Civil Veterinary Dept. Assam report 1927-50 - 1927-1950
Year: 1927
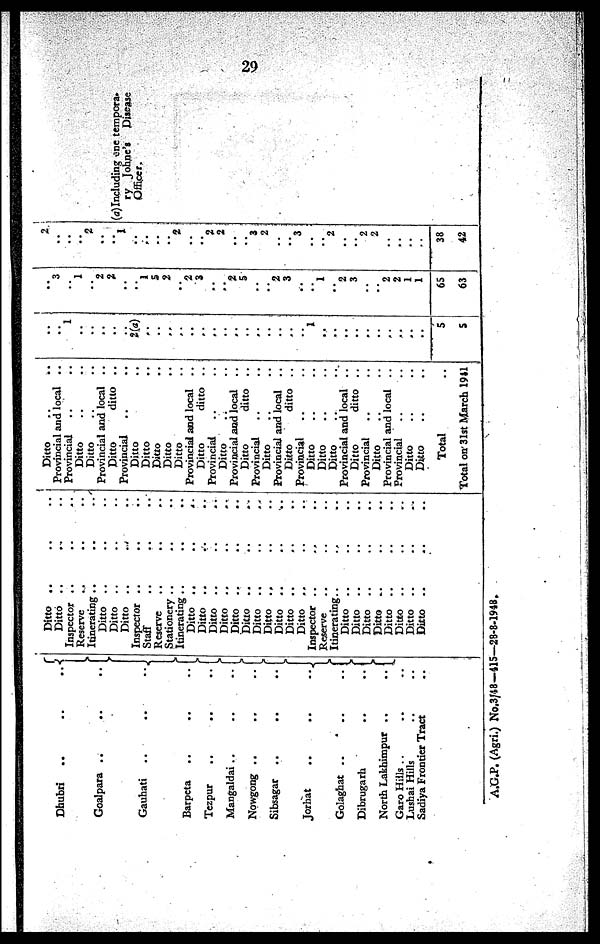
29
Dhubri .. .. ..
Goalpara .. .. ..
Gauhati .. .. ..
Barpcta .. .. ..
Tezpur .. .. ..
Mangaldai .. .. ..
Nowgong .. .. ..
Sibsagar .. .. ..
Jorhat .. .. ..
Golaghat .. .. ..
Dibrugarh .. .. ..
North Lakhimpur .. .. ..
Garo Hills .. .. ..
Lushai Hills .. .. ..
Sadiya Frontier Tract .. .. ..
Ditto .. .. ..
Ditto .. .. ..
Inspector .. .. ..
Reserve .. .. ..
Itinerating .. .. ..
Ditto .. .. ..
Ditto .. .. ..
Ditto .. .. ..
Inspector .. .. ..
Staff .. .. ..
Reserve .. .. ..
Stationery .. .. ..
Itinerating .. .. ..
Ditto .. .. ..
Ditto .. .. ..
Ditto .. .. ..
Ditto .. .. ..
Ditto .. .. ..
Ditto .. .. ..
Ditto .. .. ..
Ditto .. .. ..
Ditto .. .. ..
Ditto .. .. ..
Ditto .. .. ..
Inspector .. .. ..
Reserve .. .. ..
Itinerating .. .. ..
Ditto .. .. ..
Ditto .. .. ..
Ditto .. .. ..
Ditto .. .. ..
Ditto .. .. ..
Ditto .. .. ..
Ditto .. .. ..
Ditto .. .. ..
Ditto .. ..
Provincial and local
..
Provincial .. ..
Ditto .. ..
Ditto .. ..
Provincial and local ..
Ditto
ditto
..
Provincial .. ..
Ditto ..
Ditto ..
Ditto ..
Ditto ..
Ditto ..
Provincial and local ..
Ditto
ditto ..
Provincial .. ..
Ditto .. ..
Provincial and local ..
Ditto
ditto ..
Provincial .. ..
Ditto .. ..
Provincial and local ..
Ditto
ditto ..
Provincial .. ..
Ditto .. ..
Ditto .. ..
Ditto .. ..
Provincial and local ..
Ditto
ditto ..
Provincial .. ..
Ditto .. ..
Provincial and local ..
Provincial .. ..
Ditto .. ..
Ditto .. ..
Total ..
Total on 31st March 1941
..
..
1
..
..
..
..
..
2(a)
..
..
..
..
..
..
..
..
..
..
..
..
..
..
..
I
..
..
..
..
..
..
..
..
..
..
5
5
..
3
..
1
..
2
2
..
..
1
5
2
..
2
2
..
..
2 5
..
..
2
3
..
..
1
..
2 3
..
..
2 2
1
1
65
63
2
..
..
..
2
..
..
1
..
..
..
..
2
..
..
2
2
..
..
3
2
..
..
3
..
..
2
..
2
.. 2
..
..
..
..
38
42
(a) Including one tempora-
ry
Johne's Disease
Officer.
A.G.P. (Agri.) No.3/48—415—28-8-1948.